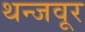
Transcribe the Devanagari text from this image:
थन्जवूर